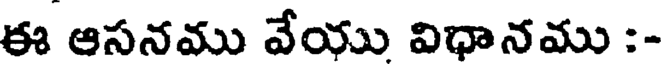
ఈ ఆసనము వేయు విధానము :-